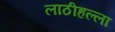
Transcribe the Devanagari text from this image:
लाठीहल्ला